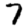
Digit: 7